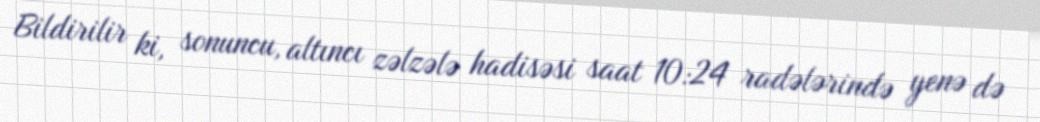
Bildirilir ki, sonuncu, altıncı zəlzələ hadisəsi saat 10:24 radələrində yenə də